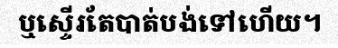
ឬស្ទើរតែបាត់បង់ទៅហើយ។